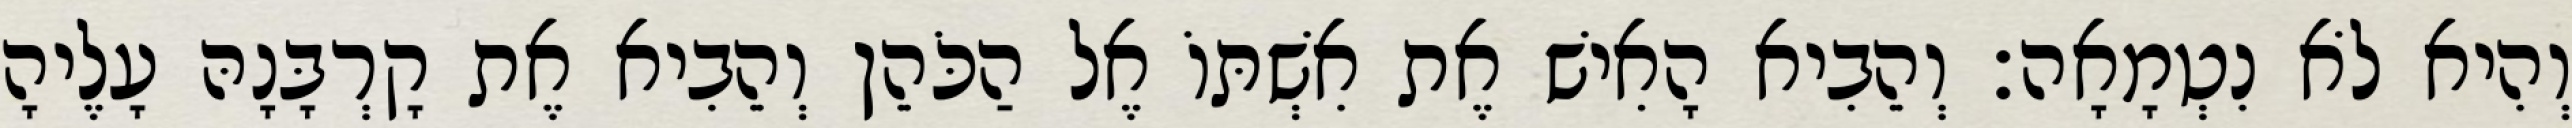
וְהִיא לֹא נִטְמָאָה׃ וְהֵבִיא הָאִישׁ אֶת אִשְׁתּוֹ אֶל הַכֹּהֵן וְהֵבִיא אֶת קָרְבָּנָהּ עָלֶיהָ